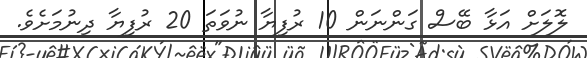
ލޮލަށް އަޅާ ބޭސް ގަންނަން 10 ރުފިޔާ ނުވަތަ 20 ރުފިޔާ ދިނުމަށެވެ.